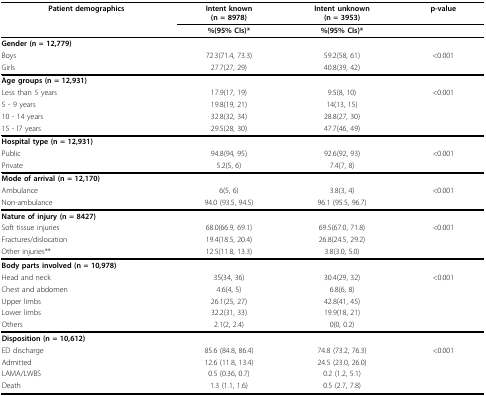
<table><thead><tr><td><b>Patient demographics</b></td><td><b>Intent known(n = 8978)</b></td><td><b>Intent unknown(n = 3953)</b></td><td><b>p-value</b></td></tr><tr><td>[EMPTY_CELL]</td><td><b>%(95% CIs)*</b></td><td><b>%(95% CIs)*</b></td><td>[EMPTY_CELL]</td></tr></thead><tbody><tr><td><b>Gender (n = 12,779)</b></td><td>[EMPTY_CELL]</td><td>[EMPTY_CELL]</td><td>[EMPTY_CELL]</td></tr><tr><td>Boys</td><td>72.3(71.4, 73.3)</td><td>59.2(58, 61)</td><td>&lt;0.001</td></tr><tr><td>Girls</td><td>27.7(27, 29)</td><td>40.8(39, 42)</td><td>[EMPTY_CELL]</td></tr><tr><td><b>Age groups (n = 12,931)</b></td><td>[EMPTY_CELL]</td><td>[EMPTY_CELL]</td><td>[EMPTY_CELL]</td></tr><tr><td>Less than 5 years</td><td>17.9(17, 19)</td><td>9.5(8, 10)</td><td>&lt;0.001</td></tr><tr><td>5 - 9 years</td><td>19.8(19, 21)</td><td>14(13, 15)</td><td>[EMPTY_CELL]</td></tr><tr><td>10 - 14 years</td><td>32.8(32, 34)</td><td>28.8(27, 30)</td><td>[EMPTY_CELL]</td></tr><tr><td>15 - l7 years</td><td>29.5(28, 30)</td><td>47.7(46, 49)</td><td>[EMPTY_CELL]</td></tr><tr><td><b>Hospital type (n = 12,931)</b></td><td>[EMPTY_CELL]</td><td>[EMPTY_CELL]</td><td>[EMPTY_CELL]</td></tr><tr><td>Public</td><td>94.8(94, 95)</td><td>92.6(92, 93)</td><td>&lt;0.001</td></tr><tr><td>Private</td><td>5.2(5, 6)</td><td>7.4(7, 8)</td><td>[EMPTY_CELL]</td></tr><tr><td><b>Mode of arrival (n = 12,170)</b></td><td>[EMPTY_CELL]</td><td>[EMPTY_CELL]</td><td>[EMPTY_CELL]</td></tr><tr><td>Ambulance</td><td>6(5, 6)</td><td>3.8(3, 4)</td><td>&lt;0.001</td></tr><tr><td>Non-ambulance</td><td>94.0 (93.5, 94.5)</td><td>96.1 (95.5, 96.7)</td><td>[EMPTY_CELL]</td></tr><tr><td><b>Nature of injury (n = 8427)</b></td><td>[EMPTY_CELL]</td><td>[EMPTY_CELL]</td><td>[EMPTY_CELL]</td></tr><tr><td>Soft tissue injuries</td><td>68.0(66.9, 69.1)</td><td>69.5(67.0, 71.8)</td><td>&lt;0.001</td></tr><tr><td>Fractures/dislocation</td><td>19.4(18.5, 20.4)</td><td>26.8(24.5, 29.2)</td><td>[EMPTY_CELL]</td></tr><tr><td>Other injuries**</td><td>12.5(11.8, 13.3)</td><td>3.8(3.0, 5.0)</td><td>[EMPTY_CELL]</td></tr><tr><td><b>Body parts involved (n = 10,978)</b></td><td>[EMPTY_CELL]</td><td>[EMPTY_CELL]</td><td>[EMPTY_CELL]</td></tr><tr><td>Head and neck</td><td>35(34, 36)</td><td>30.4(29, 32)</td><td>&lt;0.001</td></tr><tr><td>Chest and abdomen</td><td>4.6(4, 5)</td><td>6.8(6, 8)</td><td>[EMPTY_CELL]</td></tr><tr><td>Upper limbs</td><td>26.1(25, 27)</td><td>42.8(41, 45)</td><td>[EMPTY_CELL]</td></tr><tr><td>Lower limbs</td><td>32.2(31, 33)</td><td>19.9(18, 21)</td><td>[EMPTY_CELL]</td></tr><tr><td>Others</td><td>2.1(2, 2.4)</td><td>0(0, 0.2)</td><td>[EMPTY_CELL]</td></tr><tr><td><b>Disposition (n = 10,612)</b></td><td>[EMPTY_CELL]</td><td>[EMPTY_CELL]</td><td>[EMPTY_CELL]</td></tr><tr><td>ED discharge</td><td>85.6 (84.8, 86.4)</td><td>74.8 (73.2, 76.3)</td><td>&lt;0.001</td></tr><tr><td>Admitted</td><td>12.6 (11.8, 13.4)</td><td>24.5 (23.0, 26.0)</td><td>[EMPTY_CELL]</td></tr><tr><td>LAMA/LWBS</td><td>0.5 (0.36, 0.7)</td><td>0.2 (1.2, 5.1)</td><td>[EMPTY_CELL]</td></tr><tr><td>Death</td><td>1.3 (1.1, 1.6)</td><td>0.5 (2.7, 7.8)</td><td>[EMPTY_CELL]</td></tr></tbody></table>